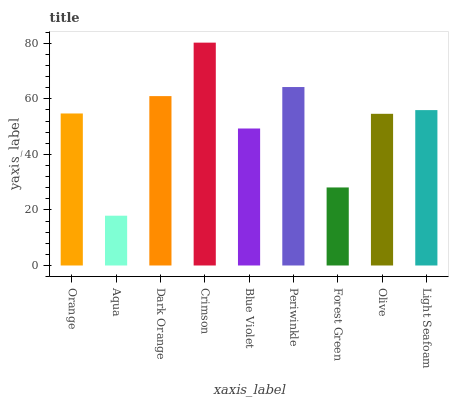
| xaxis_label | bars |
 | --- | --- |
 | Orange | 54.7 |
 | Aqua | 17.9 |
 | Dark Orange | 61 |
 | Crimson | 80.2 |
 | Blue Violet | 49.3 |
 | Periwinkle | 64.3 |
 | Forest Green | 28.1 |
 | Olive | 54.6 |
 | Light Seafoam | 56 |